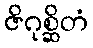
ဇိဂုစ္ဆိတံ